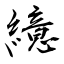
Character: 繶